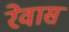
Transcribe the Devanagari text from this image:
रेवास